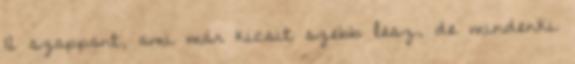
12 szappant, ami már kicsit szebb lesz, de mindenki